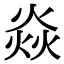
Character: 焱